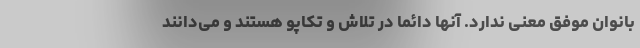
بانوان موفق معنی ندارد. آنها دائما در تلاش و تکاپو هستند و می‌دانند